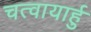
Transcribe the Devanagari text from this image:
चत्वायार्हु